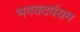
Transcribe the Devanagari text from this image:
भगवदर्पयम